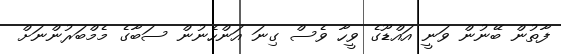
ފާތުން ބޭނުން ވަނީ އައްޑޫގެ ވީހާ ވެސް ގިނަ އަންހެނުން ސަބާގެ މެމްބަރުންނަށް